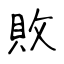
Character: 敗